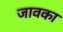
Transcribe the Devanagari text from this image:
जावका